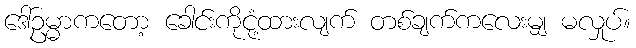
ဒေါ်ဥမ္မာကတော့ ခေါင်းကိုငုံ့ထားလျက် တစ်ချက်ကလေးမျှ မလှုပ်။